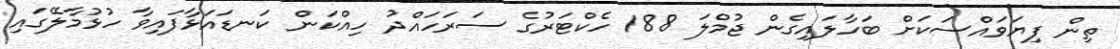
ތިން ފިޔަވައްސަކަށް ބަހާލައިގެން ޖުމްލަ 188 ހެކްޓަރުގެ ސަރަހައްދު ހިއްކަން ކަނޑައަޅާފައިވާ ހުޅުމާލޭގައި